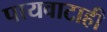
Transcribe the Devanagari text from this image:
पायवाटाही